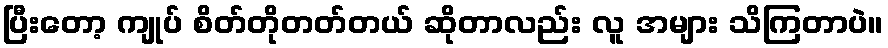
ပြီးတော့ ကျုပ် စိတ်တိုတတ်တယ် ဆိုတာလည်း လူ အများ သိကြတာပဲ။